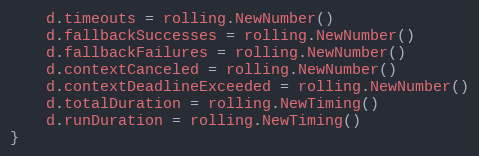
Language: Go
	d.timeouts = rolling.NewNumber()
	d.fallbackSuccesses = rolling.NewNumber()
	d.fallbackFailures = rolling.NewNumber()
	d.contextCanceled = rolling.NewNumber()
	d.contextDeadlineExceeded = rolling.NewNumber()
	d.totalDuration = rolling.NewTiming()
	d.runDuration = rolling.NewTiming()
}